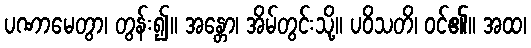
ပဏာမေတွာ၊ တွန်း၍။ အန္တော၊ အိမ်တွင်းသို့။ ပဝိသတိ၊ ဝင်၏။ အထ၊